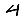
Digit: 4